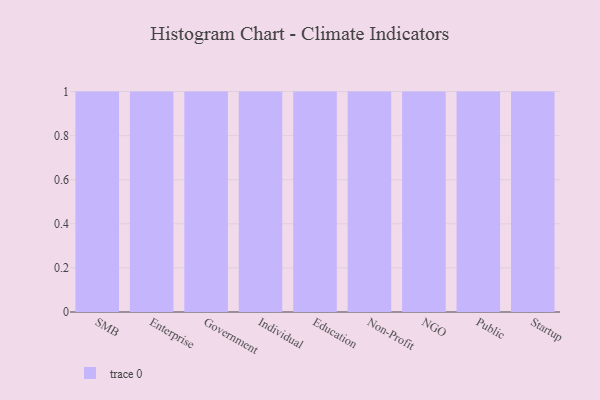
{"axis": {"x": "Segment", "y": "Satisfaction Score"}, "legend": [""], "data": [{"x": "SMB", "y": 30, "type": ""}, {"x": "Enterprise", "y": 23, "type": ""}, {"x": "Government", "y": 67, "type": ""}, {"x": "Individual", "y": 73, "type": ""}, {"x": "Education", "y": 59, "type": ""}, {"x": "Non-Profit", "y": 90, "type": ""}, {"x": "NGO", "y": 13, "type": ""}, {"x": "Public", "y": 54, "type": ""}, {"x": "Startup", "y": 92, "type": ""}]}